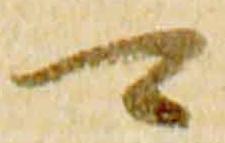
可